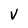
Character: V